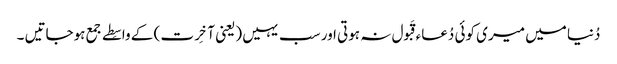
دُنیا میں میری کوئی دُعاء قَبول نہ ہوتی اور سب یہیں (یعنی آخِرت ) کے واسِطے جمع ہوجاتیں ۔